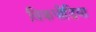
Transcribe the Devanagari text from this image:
विकपीडिया